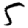
Digit: 5